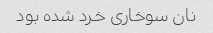
نان سوخاری خرد شده بود